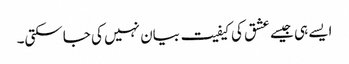
ایسے ہی جیسے عشق کی کیفیت بیان نہیں کی جاسکتی۔